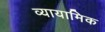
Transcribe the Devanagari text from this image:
व्यायामिक